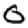
Digit: 0